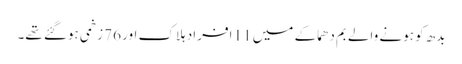
بدھ کو ہونے والے بم دھماکے میں 11 افراد ہلاک اور 76 زخمی ہوگئے تھے۔